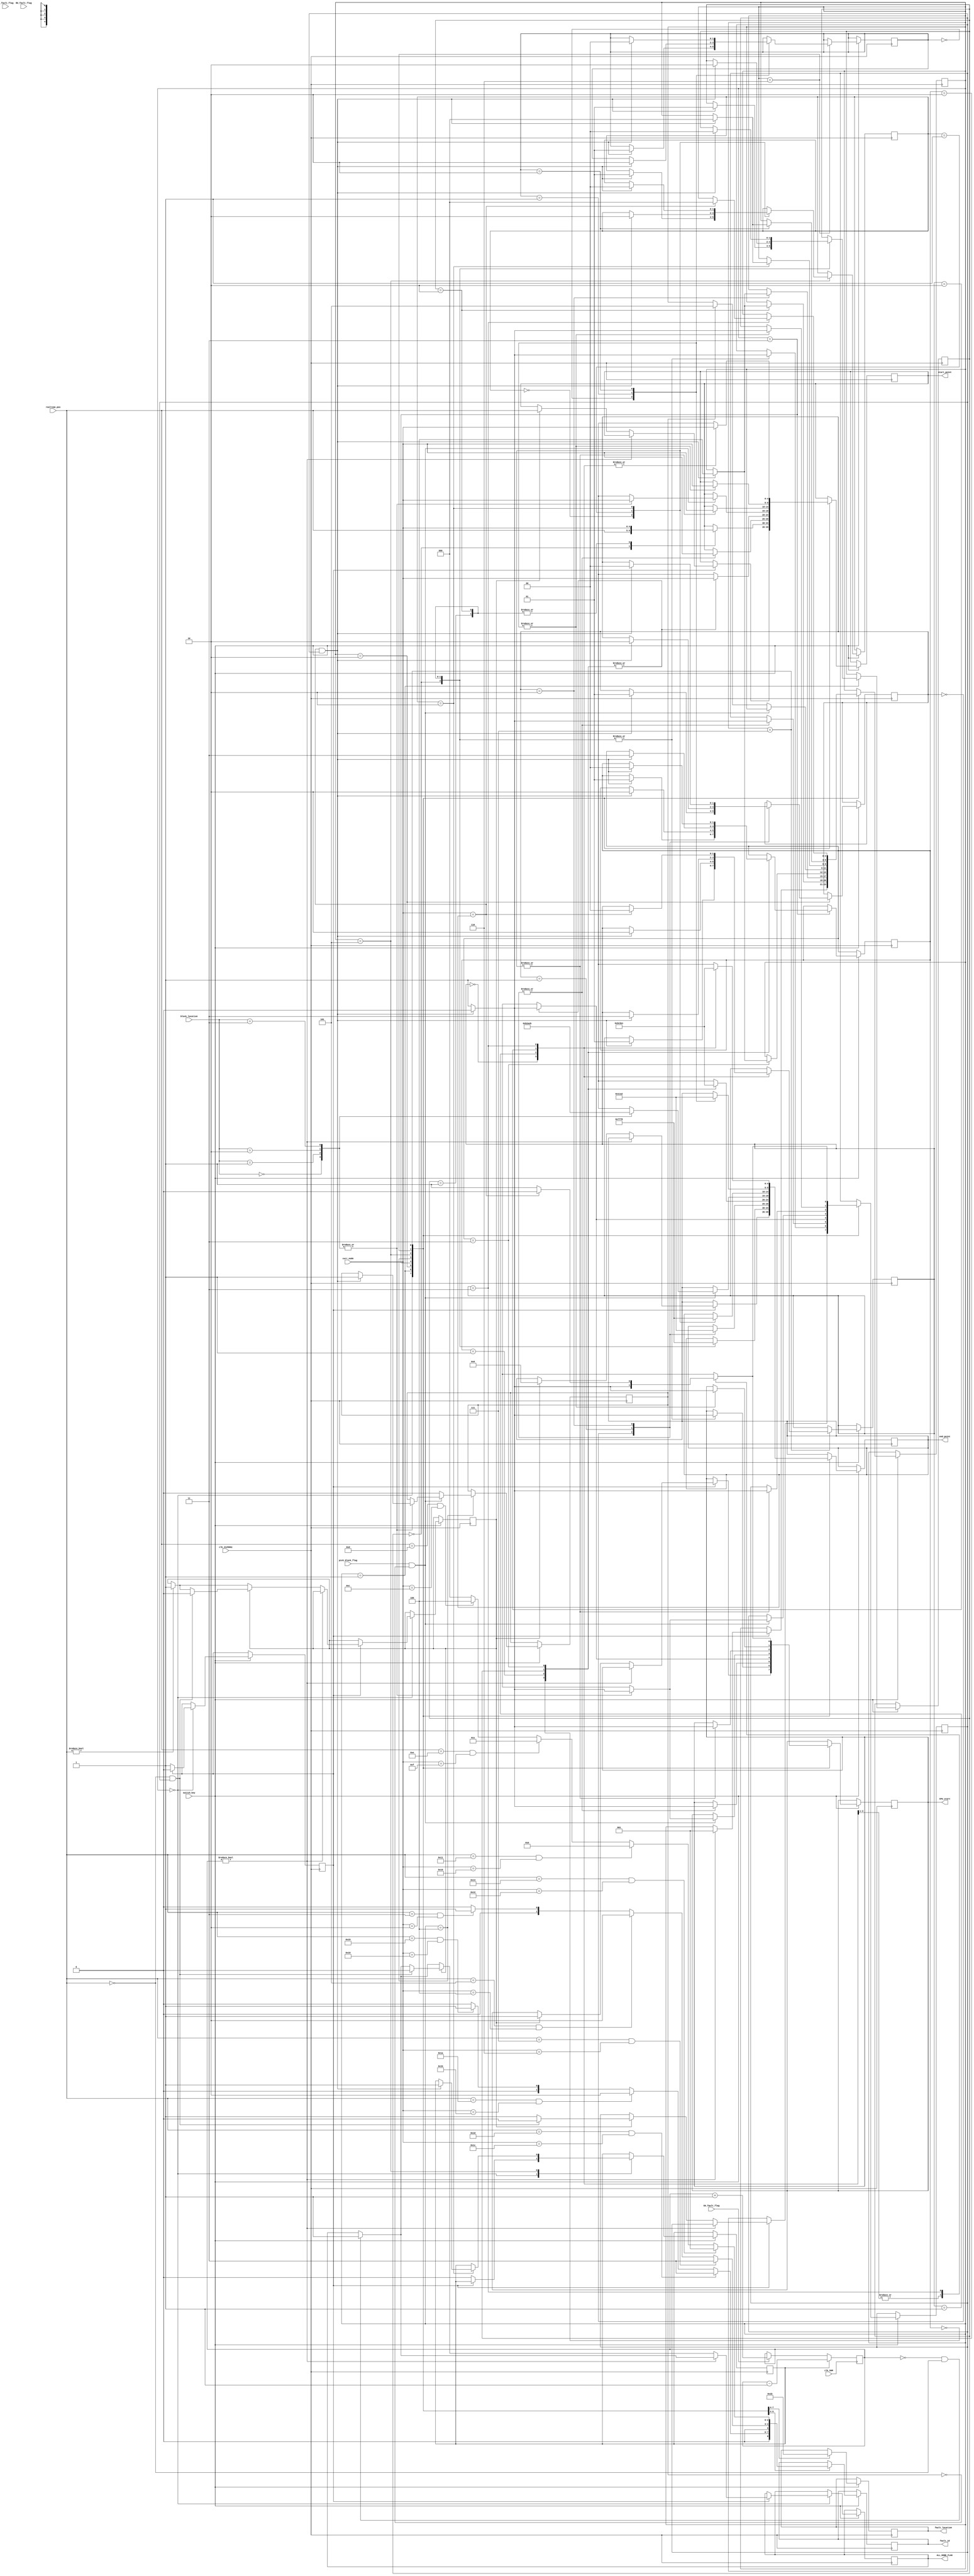
module Dijkstra_handler(
	input clk_50M,
	input clk_3125KHz,                                       
	input EU_fault_flag,                            
	input CU_fault_flag,
	input RU_fault_flag,
	input pick_block_flag,
	input [1:0] block_location,
//	input block_picked,
	input switch_key,
	input [4:0] realtime_pos,                 // realtime node position of the bot  
	input [4:0] curr_node,					//current node for calculations
	
	output reg CPU_start,             
	output reg [4:0] start_point,        
	output reg [4:0] end_point,
	output reg ALL_DONE_FLAG = 0,            //switches on when the process is done
	output reg [2:0]  fault_id = 0,						//SU1 = 1, SU2 = 2, SU3 = 3, SU4 = 4;
	output reg [1:0] fault_location = 0             //EU = 1, CU = 2, RU = 3 
);
parameter IDLE_STATE = 3'b000;				//states for diffrent stages 
parameter EU_FAULT = 3'b001;
parameter CU_FAULT = 3'b010;
parameter RU_FAULT = 3'b011;
parameter PICK_BLOCK = 3'b100;
parameter EU_RECTIFY = 3'b101;
parameter CU_RECTIFY = 3'b110;
parameter RU_RECTIFY = 3'b111;

reg [2:0] SWITCH_STATE = IDLE_STATE;
reg [3:0] PREV_SWITCH_STATE;
reg [1:0] counter_EU_fault = 0;					//required counters for substates
reg [1:0] counter_CU_fault = 0;
reg [1:0] counter_RU_fault = 0;
reg block_pick_counter = 0;
reg [1:0] counter_EU_rectify = 0;
reg [1:0] counter_CU_rectify = 0;
reg [1:0] counter_RU_rectify = 0;
reg check_flag = 0;
reg end_state = 0;
reg IDLE_state_counter = 0;

reg EU_rectify = 0;
reg CU_rectify = 0;
reg RU_rectify = 0;
reg [1:0] EU_fault_count = 0;
reg [1:0] CU_fault_count = 0;
reg [2:0] RU_fault_count = 0;
always@(posedge clk_50M) begin										//fault flags are based on 50MHz clock as it is toggled very fast in msg modules
	if (EU_fault_flag) EU_fault_count <= EU_fault_count + 1;
	if (CU_fault_flag) CU_fault_count <= CU_fault_count + 1;
	if (RU_fault_flag) RU_fault_count <= RU_fault_count + 1;
	if (EU_rectify) EU_fault_count <= EU_fault_count - 1;
	if (CU_rectify) CU_fault_count <= CU_fault_count - 1;
	if (RU_rectify) RU_fault_count <= RU_fault_count - 1;
end
// This module forward determines the position of the bot and its next step
// the Generic algorithm used here will be modified further
always@(posedge clk_3125KHz) begin				
	if (switch_key) begin
		case (SWITCH_STATE) 
			IDLE_STATE: begin											//idle state for begining and ending stages 
				fault_location <= 2'b00;
				if (!IDLE_state_counter) begin
					if (EU_rectify) EU_rectify <= 0;
					if (CU_rectify) CU_rectify <= 0;
					if (RU_rectify) RU_rectify <= 0;
					IDLE_state_counter <= 1;
				end
				else begin
					if (EU_fault_count == 0 && EU_fault_count == 0 && EU_fault_count == 0 && realtime_pos == 0) ALL_DONE_FLAG <= 1;
					if( EU_fault_count != 0 ) SWITCH_STATE <= EU_FAULT;
//					else if( CU_fault_count != 0 ) SWITCH_STATE <= CU_FAULT;
//					else if( RU_fault_count != 0 ) SWITCH_STATE <= RU_FAULT;
					else begin
						if(realtime_pos != 0) end_state <= 1;
						if (end_state) begin
							start_point <= realtime_pos;
							end_point <= 5'd0;
							CPU_start <= 1;
							check_flag <= 1;
							if ((realtime_pos == 0) && check_flag) begin
								ALL_DONE_FLAG <= 0;
								end_state <= 0;
								check_flag <= 0;
							end
						end
					end
					IDLE_state_counter <= 0;
				end
			end
			EU_FAULT: begin										//fault identification step- bot traverses through multiple nodes of the perticular section
				fault_location <= 2'd1;								// determines the location of the fault in perticular Subunit
				if (realtime_pos == 5'd29 && curr_node == 5'd28) fault_id <= 3'd3;
				else if (realtime_pos == 5'd26 && curr_node == 5'd27) fault_id <= 3'd2;
				else if (realtime_pos == 5'd25 && curr_node == 5'd24) fault_id <= 3'd1;
				else fault_id <= 3'd0;
				
				case (counter_EU_fault)
					2'b00: begin									//traversing to initial point for EU
						CPU_start <= 1;
						start_point <= realtime_pos;
						end_point <= 5'd29;
						check_flag <= 1;
						if( (curr_node == end_point) && check_flag ) begin 
							CPU_start <= 0;
							counter_EU_fault <= 2'b01;
							check_flag <= 0;
						end
					end
					2'b01: begin                        		//traversing to ESU2 & ESU3
						CPU_start <= 1;
						start_point <= curr_node;
						end_point <= 5'd27;
						check_flag <= 1;
						if ((curr_node == end_point) && check_flag ) begin 
							CPU_start <= 0;
							check_flag <= 0;
							counter_EU_fault <= 2'b10;
						end
					end
					2'b10: begin							//traversing to ESU1 and last point of EU
						CPU_start <= 1;
						start_point <= curr_node;
						end_point <= 5'd24;
						check_flag <= 1;
						if ( (curr_node == end_point) && check_flag ) begin
							CPU_start <= 0;
							check_flag <= 0;
							counter_EU_fault <= 2'b00;
//							PREV_SWITCH_STATE <= SWITCH_STATE;
							SWITCH_STATE <= PICK_BLOCK;                           //switches state once traversing and detection is completed
						end
					end
				endcase
			end
			CU_FAULT: begin														//same concept for CU
				fault_location <= 2'd2;
				if (realtime_pos == 5'd7 && curr_node == 5'd6) fault_id <= 3'd3;
				else if (realtime_pos == 5'd5 && curr_node == 5'd4) fault_id <= 3'd2;
				else if (realtime_pos == 5'd3 && curr_node == 5'd2) fault_id <= 3'd1;
				else fault_id <= 3'd0;
				case (counter_CU_fault)
					2'b00: begin
						CPU_start <= 1;
						start_point <= curr_node;
						end_point <= 5'd7;
						check_flag <= 1;
						if( (curr_node == end_point) && check_flag ) begin 
							CPU_start <= 0;
							check_flag <= 0;
							counter_CU_fault <= 2'b01; 
						end
					end
					2'b01: begin
						CPU_start <= 1;
						start_point <= curr_node;
						end_point <= 5'd5;
						check_flag <= 1;
						if ((curr_node == end_point) && check_flag ) begin 
							CPU_start <= 0;
							check_flag <= 0;
							counter_CU_fault <= 2'b10;
						end
					end
					2'b10: begin
						CPU_start <= 1;
						start_point <= curr_node;
						end_point <= 5'd2;
						check_flag <= 1;
						if ((curr_node == end_point) && check_flag ) begin 
							CPU_start <= 0;
							check_flag <= 0;
							counter_CU_fault <= 2'b00;
//							PREV_SWITCH_STATE <= SWITCH_STATE;
							SWITCH_STATE <= PICK_BLOCK;
						end
					end
				endcase
			end
			RU_FAULT: begin														//same traversing for RU
				fault_location <= 2'd3;
				if (realtime_pos == 5'd19 && curr_node == 5'd18) fault_id <= 3'd1;
				else if (realtime_pos == 5'd17 && curr_node == 5'd16) fault_id <= 3'd2;
				else if (realtime_pos == 5'd14 && curr_node == 5'd15) fault_id <= 3'd3;
				else if (realtime_pos == 5'd13 && curr_node == 5'd12) fault_id <= 3'd4;
				else fault_id <= 3'd0;
				case (counter_RU_fault)
					2'b00: begin
						CPU_start <= 1;
						start_point <= curr_node;
						end_point <= 5'd19;
						check_flag <= 1;
						if( (curr_node == end_point) && check_flag )begin
							CPU_start <= 0;
							check_flag <= 0;
							counter_RU_fault <= 2'b01; 
						end
					end
					2'b01: begin
						CPU_start <= 1;
						start_point <= curr_node;
						end_point <= 5'd17;
						check_flag <= 1;
						if ((curr_node == end_point) && check_flag ) begin
							CPU_start <= 0;
							check_flag <= 0;
							counter_RU_fault <= 2'b10;
						end
					end
					2'b10: begin
						CPU_start <= 1;
						start_point <= curr_node;
						end_point <= 5'd15;
						check_flag <= 1;
						if ((curr_node == end_point) && check_flag ) begin
							counter_RU_fault <= 2'b11;
							CPU_start <= 0;
							check_flag <= 0;
						end
					end
					2'b11 :begin
						CPU_start <= 1;
						start_point <= curr_node;
						end_point <= 5'd12;
						check_flag <= 1;
						if ((curr_node == end_point) && check_flag ) begin
							CPU_start <= 0;
							check_flag <= 0;
//							PREV_SWITCH_STATE <= SWITCH_STATE;
							SWITCH_STATE <= PICK_BLOCK;
							counter_RU_fault <= 2'b00;
						end
					end
				endcase
			end
			PICK_BLOCK: begin  																	//this state is responsible for planning the path to the Storage Unit
				if ( pick_block_flag && !block_pick_counter ) begin 
					case ( block_location )														//traverses based on input location
						2'd0: begin
							CPU_start <= 1;
							start_point <= curr_node;
							end_point <= 5'd22;
							check_flag <= 1;
							if((curr_node == end_point) && check_flag) begin
								CPU_start <= 0;
								check_flag <= 0;
								block_pick_counter <= 1'b1;
							end
						end
						2'd01: begin
							CPU_start <= 1;
							start_point <= curr_node;
							end_point <= 5'd10;
							check_flag <= 1;
							if((curr_node == end_point) && check_flag) begin
								CPU_start <= 0;
								check_flag <= 0;
								block_pick_counter <= 1'b1;
							end
						end
						2'd2: begin
							CPU_start <= 1;
							start_point <= curr_node;
							end_point <= 5'd23;
							check_flag <= 1;
							if((curr_node == end_point) && check_flag) begin
								CPU_start <= 0;
								check_flag <= 0;
								block_pick_counter <= 1'b1;
							end
						end
						2'd3: begin
							CPU_start <= 1;
							start_point <= curr_node;
							end_point <= 5'd11;
							check_flag <= 1;
							if((curr_node == end_point) && check_flag) begin
								CPU_start <= 0;
								check_flag <= 0;
								block_pick_counter <= 1'b1;
							end
						end
					endcase	
				end
				else if (block_pick_counter) begin                                             //once the block is picked moves to rectify state
					SWITCH_STATE <= EU_RECTIFY;
//					if(PREV_SWITCH_STATE == EU_FAULT) SWITCH_STATE <= EU_RECTIFY;
//					else if(PREV_SWITCH_STATE == CU_FAULT)	SWITCH_STATE <= CU_RECTIFY;
//					else if(PREV_SWITCH_STATE == RU_FAULT) SWITCH_STATE <= RU_RECTIFY;
					block_pick_counter <= 1'b0;
				end
			end
			EU_RECTIFY: begin															// traverses the same path from initial point tio final point of the EU
				case (counter_EU_rectify)												//the traversing is done irrespective of fault is rectified or not
					2'b00: begin														
						CPU_start <= 1;
						start_point <= curr_node;
						end_point <= 5'd29;
						check_flag <= 1;
						if( (curr_node == end_point) && check_flag ) begin 
							counter_EU_rectify <= 2'b01;
							CPU_start <= 0;
							check_flag <= 0;
						end	
					end
					2'b01: begin
						CPU_start <= 1;
						start_point <= curr_node;
						end_point <= 5'd27;
						check_flag <= 1;
						if ((curr_node == end_point) && check_flag ) begin 
							CPU_start <= 0;
							check_flag <= 0;
							counter_EU_rectify <= 2'b10;
						end
					end
					2'b10: begin
						CPU_start <= 1;
						start_point <= curr_node;
						end_point <= 5'd24;
						check_flag <= 1;
						if ((curr_node == end_point) && check_flag ) begin
							CPU_start <= 0;
							check_flag <= 0;
							counter_EU_rectify <= 2'b00;
							SWITCH_STATE <= IDLE_STATE;
							EU_rectify <= 1;
						end
					end
				endcase
			end
			CU_RECTIFY: begin
				case (counter_CU_rectify)
					2'b00: begin
						CPU_start <= 1;
						start_point <= curr_node;
						end_point <= 5'd7;
						check_flag <= 1;
						if( (curr_node == end_point) && check_flag ) begin
							CPU_start <= 0;
							check_flag <= 0;
							counter_CU_rectify <= 2'b01;
						end	
					end
					2'b01: begin
						CPU_start <= 1;
						start_point <= curr_node;
						end_point <= 5'd5;
						check_flag <= 1;
						if ((curr_node == end_point) && check_flag ) begin
							CPU_start <= 0;
							check_flag <= 0;
							counter_CU_rectify <= 2'b10;
						end
					end
					2'b10: begin
						CPU_start <= 1;
						start_point <= curr_node;
						end_point <= 5'd2;
						check_flag <= 1;
						if ((curr_node == end_point) && check_flag ) begin
							CPU_start <= 0;
							check_flag <= 0;
							counter_CU_rectify <= 2'b00;
							CU_rectify <= 1;
							SWITCH_STATE <= IDLE_STATE;
						end
					end
				endcase
			end
			RU_RECTIFY: begin
				case (counter_RU_rectify)
					2'b00: begin
						CPU_start <= 1;
						start_point <= curr_node;
						end_point <= 5'd19;
						check_flag <= 1;
						if( (curr_node == end_point) && check_flag ) begin 
							CPU_start <= 0;
							check_flag <= 0;
							counter_RU_rectify <= 2'b01; 
						end
					end
					2'b01: begin
						CPU_start <= 1;
						start_point <= curr_node;
						end_point <= 5'd17;
						check_flag <= 1;
						if ((curr_node == end_point) && check_flag ) begin
							CPU_start <= 0;
							check_flag <= 0;
							counter_RU_rectify <= 2'b10;
						end
					end
					2'b10: begin
						CPU_start <= 1;
						start_point <= curr_node;
						end_point <= 5'd15;
						check_flag <= 1;
						if ((curr_node == end_point) && check_flag ) begin
							counter_RU_rectify <= 2'b11;
							CPU_start <= 0;
							check_flag <= 0;
						end
					end
					2'b11 :begin
						CPU_start <= 1;
						start_point <= curr_node;
						end_point <= 5'd12;
						check_flag <= 1;
						if (curr_node == end_point ) begin
							counter_RU_rectify <= 2'b00;
							RU_rectify <= 1;
							SWITCH_STATE <= IDLE_STATE;
							CPU_start <= 0;
							check_flag <= 0;
						end
					end
				endcase
			end
		endcase
	end
end
endmodule